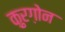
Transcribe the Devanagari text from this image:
क़ुरग़ोन